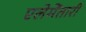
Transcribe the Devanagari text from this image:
एलेमेंतारी